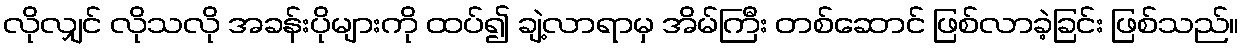
လိုလျှင် လိုသလို အခန်းပိုများကို ထပ်၍ ချဲ့လာရာမှ အိမ်ကြီး တစ်ဆောင် ဖြစ်လာခဲ့ခြင်း ဖြစ်သည်။